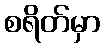
စရိတ်မှာ